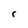
Character: r